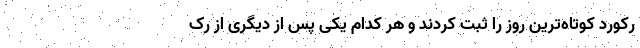
رکورد کوتاه‌ترین روز را ثبت کردند و هر کدام یکی پس از دیگری از رک